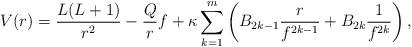
LaTeX: \begin{align*} V(r) = \frac{L(L+1)}{r^2} - \frac{Q}{r}f + \kappa \sum_{k=1}^m \left(B_{2k-1}\frac{r}{f^{2k-1}} + B_{2k} \frac{1}{f^{2k}}\right), \end{align*}